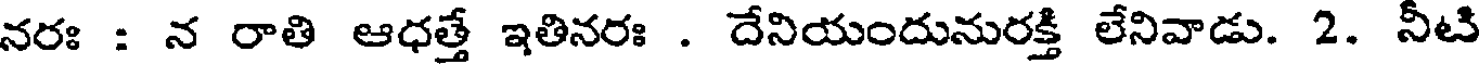
నరః : న రాతి ఆధత్తే ఇతినరః . దేనియందునురక్తి లేనివాడు. 2. నీటి